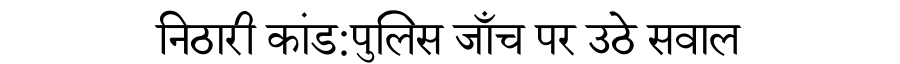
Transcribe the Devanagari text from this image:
निठारी कांड:पुलिस जाँच पर उठे सवाल